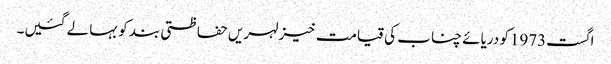
اگست1973کو دریائے چناب کی قیامت خیز لہریں حفاظتی بند کو بہا لے گئیں۔